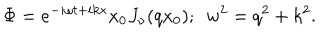
LaTeX: \Phi = e ^ { - i \omega t + i k x } x _ { 0 } J _ { \nu } ( q x _ { 0 } ) ; \ \ w ^ { 2 } = q ^ { 2 } + k ^ { 2 } .